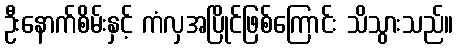
ဦးနောက်စိမ်းနှင့် ကံလှအပြိုင်ဖြစ်ကြောင်း သိသွားသည်။